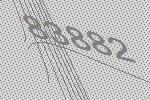
83882